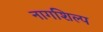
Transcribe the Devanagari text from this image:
नागशिल्प